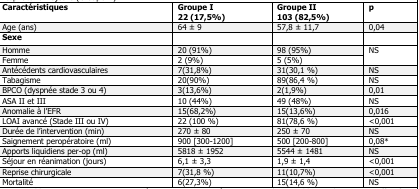
<table><thead><tr><td><b>Caractéristiques</b></td><td><b>Groupe I 22 (17,5%)</b></td><td><b>Groupe II 103 (82,5%)</b></td><td><b>p</b></td></tr></thead><tbody><tr><td>Age (ans)</td><td>64 ± 9</td><td>57,8 ± 11,7</td><td>0,04</td></tr><tr><td><b>Sexe</b></td><td><b></b></td><td><b></b></td><td><b></b></td></tr><tr><td>Homme</td><td>20 (91%)</td><td>98 (95%)</td><td rowspan="2">NS</td></tr><tr><td>Femme</td><td>2 (9%)</td><td>5 (5%)</td></tr><tr><td>Antécédents cardiovasculaires</td><td>7(31,8%)</td><td>31(30,1%)</td><td>NS</td></tr><tr><td>Tabagisme</td><td>20(90%)</td><td>89(86,4%)</td><td>NS</td></tr><tr><td>BPCO (dyspnée stade 3 ou 4)</td><td>3(13,6%)</td><td>2(1,9%)</td><td>0,01</td></tr><tr><td>ASA II et III</td><td>10 (44%)</td><td>49 (48%)</td><td>NS</td></tr><tr><td>Anomalie à l&#x27;EFR</td><td>15(68,2%)</td><td>15(13,6%)</td><td>0,016</td></tr><tr><td>LOAI avancé (Stade III ou IV)</td><td>22 (100%)</td><td>81(78,6%)</td><td>&lt;0,001</td></tr><tr><td>Durée de l&#x27;intervention (min)</td><td>270 ± 80</td><td>250 ± 70</td><td>NS</td></tr><tr><td>Saignement peropératoire (ml)</td><td>900 [300-1200]</td><td>500 [200-800]</td><td>0,08*</td></tr><tr><td>Apports liquidiens per-op (ml)</td><td>5818 ± 1952</td><td>5544 ± 1481</td><td>NS</td></tr><tr><td>Séjour en réanimation (jours)</td><td>6,1 ± 3,3</td><td>1,9 ± 1,4</td><td>&lt;0,001</td></tr><tr><td>Reprise chirurgicale</td><td>7(31,8%)</td><td>11(10,7%)</td><td>&lt;0,001</td></tr><tr><td>Mortalité</td><td>6(27,3%)</td><td>15(14,6%)</td><td>NS</td></tr></tbody></table>